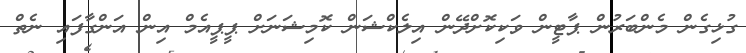
ގުޅިގެން މެންބަރުން ޕާޓީން ވަކިކޮށްދޭން އިލެކްޝަން ކޮމިޝަނަށް ޕީޕީއެމް އިން އަންގާފައި ނެތް